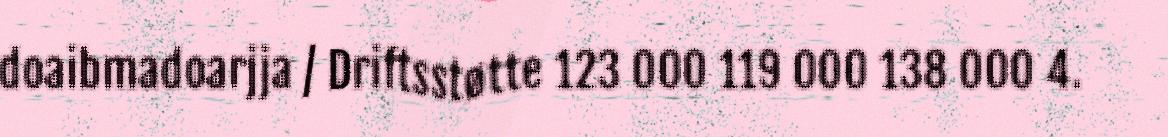
doaibmadoarjja / Driftsstøtte 123 000 119 000 138 000 4.